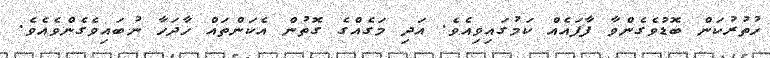
ހުތުރުކަން ބޮޑުވެގެންވާ ފާފައެއް ކަމުގައިވިއެވެ. އަދި މަގެއްގެ ގޮތުން އެކަންތައް ހާދަހާ ނުބައިވެގެންވެއެވެ.